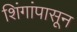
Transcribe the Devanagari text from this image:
शिंगांपासून